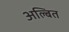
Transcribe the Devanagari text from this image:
अल्बित